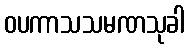
ဝပကာသသမဏသုခါ